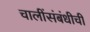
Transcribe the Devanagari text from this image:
चालींसंबंधीची